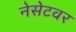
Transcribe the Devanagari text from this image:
नेसेटवर